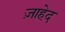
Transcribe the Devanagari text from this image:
ज़ाहेद